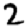
Digit: 2